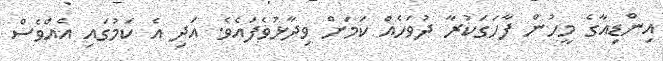
އިންޑިއާގެ މީހުން ފާހަގަކުރާ ދުވަހެއް ކަމަށް ވިދާޅުވެފައެވެ. އަދި އެ ކަމުގައި އެއްވެސް